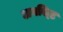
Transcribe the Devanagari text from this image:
अवश्ष्टि